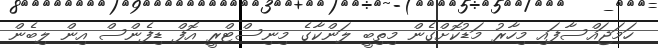
ހަމަޖައްސާފައި މިހާރު މަޑުކޮށްގެން މިތިބީ ލަންކާގެ މިނިސްޓްރީ އޮފް ޑިފެންސް އިން ލިބެން